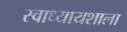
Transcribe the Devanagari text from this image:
स्वाध्यायशाला